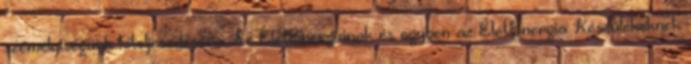
személyiségünk kiteljesedésére. Az ÉletEnergiának és egyben az ÉletEnergia Készülékeknek